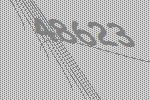
48623